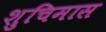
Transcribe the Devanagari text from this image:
शुचिमास